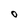
Character: O